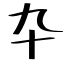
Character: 卆